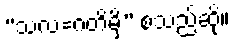
“သလ=ဂတိမှိ” စသည်ဆို။